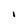
Character: I